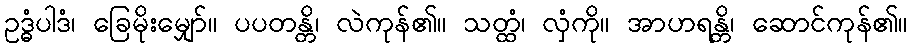
ဥဒ္ဓံပါဒံ၊ ခြေမိုးမျှော်။ ပပတန္တိ၊ လဲကုန်၏။ သတ္ထံ၊ လှံကို။ အာဟရန္တိ၊ ဆောင်ကုန်၏။